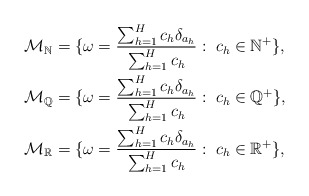
\begin{align*}\mathcal{M_{\mathbb{N}}}&= \{\omega=\frac{\sum_{h=1}^{H}c_h\delta_{a_h}}{\sum_{h=1}^{H}c_h}:\; c_h \in \mathbb{N}^+\}, \\\mathcal{M_{\mathbb{Q}}}&= \{\omega=\frac{\sum_{h=1}^{H}c_h\delta_{a_h}}{\sum_{h=1}^{H}c_h}:\; c_h \in \mathbb{Q}^+\}, \\\mathcal{M_{\mathbb{R}}}&= \{\omega=\frac{\sum_{h=1}^{H}c_h\delta_{a_h}}{\sum_{h=1}^{H}c_h}:\; c_h \in \mathbb{R}^+\},\end{align*}